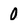
Character: 0